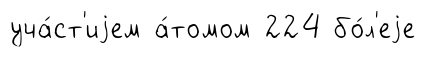
уча́ст'иjем а́томом 224 бо́л'еjе